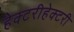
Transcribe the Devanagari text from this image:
हेक्टरीहेक्टरी